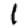
Digit: 1